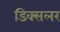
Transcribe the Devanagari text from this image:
डिक्सलर